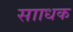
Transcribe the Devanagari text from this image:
सााधक